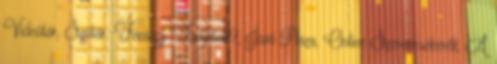
Videótár, Szótár, Fecsegj, Tudjátok?, Jövő Pláza, Online Szerencsekerék, A